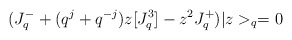
\begin{align*}(J^-_q+(q^j+q^{-j})z[J^3_q]-z^2J^+_q)|z>_q=0 \,\end{align*}